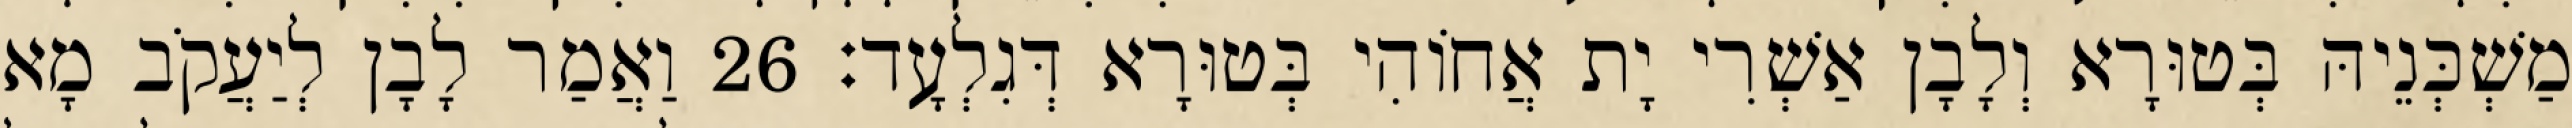
מַשְׁכְּנֵיהּ בְּטוּרָא וְלָבָן אַשְׁרִי יָת אֲחוֹהִי בְּטוּרָא דְּגִלְעָד׃ 26 וַאֲמַר לָבָן לְיַעֲקֹב מָא